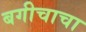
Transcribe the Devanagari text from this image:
बगीचाचा